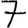
Digit: 7